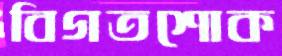
বিগতশোক